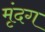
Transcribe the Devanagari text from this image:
मृंदग